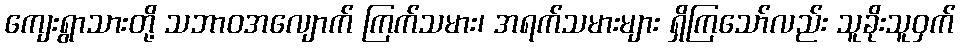
ကျေးရွာသားတို့ သဘာဝအလျောက် ကြက်သမား၊ အရက်သမားများ ရှိကြသော်လည်း သူခိုးသူဝှက်